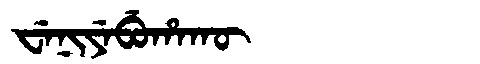
Manchu: ᠸᡝᠨᡳᠶᡝᠪᡠᡥᠠᡴᡡ
Romanization: WENIYEBUHAKŪ